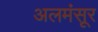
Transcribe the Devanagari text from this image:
अलमंसूर